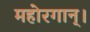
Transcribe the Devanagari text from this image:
महोरगान्।